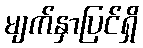
မျက်နှာပြင်ရှိ